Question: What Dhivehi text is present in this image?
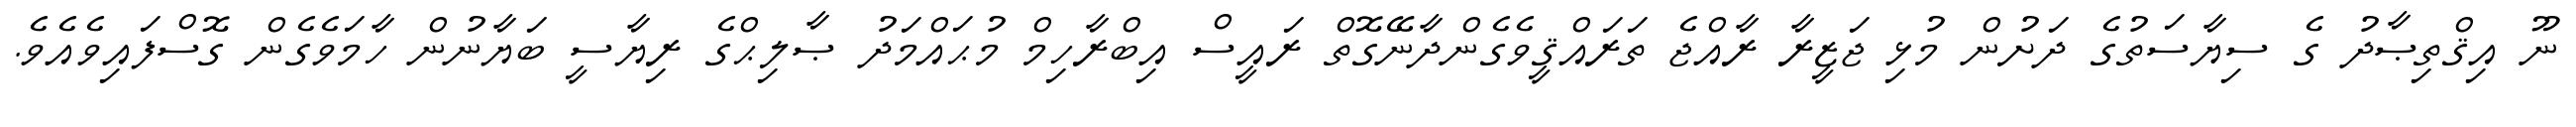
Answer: ނޫ އިޤްތިޞާދު ގެ ސިޔާސަތުގެ ދަށުން މުޅި ޖަޒީރާ ރާއްޖެ ތަރައްޤީވެގެންދާނޭގޮތް ރައީސް އިބްރާހިމް މުޙައްމަދު ޞާލިޙްގެ ރިޔާސީ ބަޔާނުން ހާމަވެގެން ގޮސްފައިވެއެވެ.